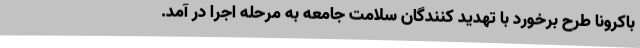
باکرونا طرح برخورد با تهدید کنندگان سلامت جامعه به مرحله اجرا در آمد.